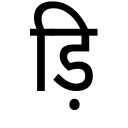
OCR:
ड़ि